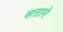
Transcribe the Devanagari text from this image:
सत्ताने